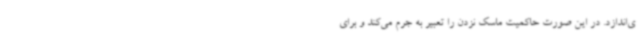
ی‌اندازد. در این صورت حاکمیت ماسک نزدن را تعبیر به جرم می‌کند و برای